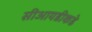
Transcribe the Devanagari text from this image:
सीआयडीकडे